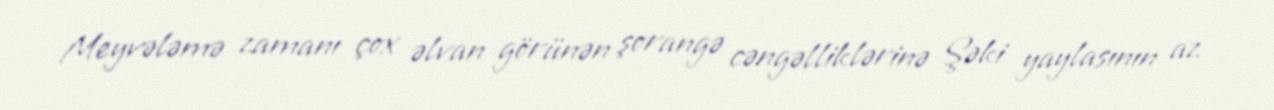
Meyvələmə zamanı çox əlvan görünən şorangə cəngəlliklərinə Şəki yaylasının az